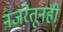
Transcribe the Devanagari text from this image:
नजरेतूनही